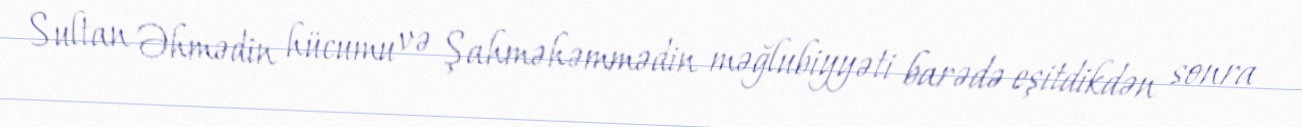
Sultan Əhmədin hücumu və Şahməhəmmədin məğlubiyyəti barədə eşitdikdən sonra